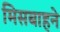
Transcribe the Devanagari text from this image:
मिसबाहने